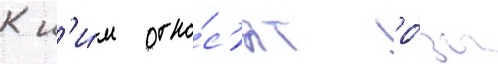
К н'и́м отно́с'ят ро́зы